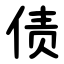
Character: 债